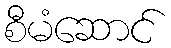
စီမံဆောင်